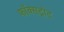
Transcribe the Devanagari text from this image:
फॉक्सट्रोट